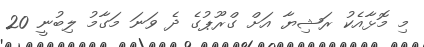
މި މޮޅާއެކު ރަޝިޔާ އަށް ގްރޫޕުގެ ދެ ވަނަ މަގާމު ލިބުނީ 20